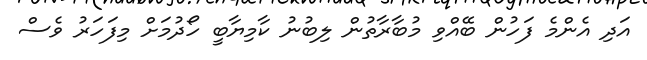
އަދި އެންމެ ފަހުން ބޭއްވި މުބާރާތުން ލިބުނު ކާމިޔާބީ ހޯދުމަށް މިފަހަރު ވެސް